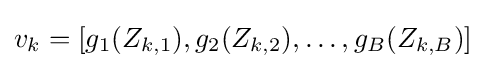
v_{k}=[g_{1}(Z_{k,1}),g_{2}(Z_{k,2}),\ldots ,g_{B}(Z_{k,B})]